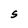
Character: S